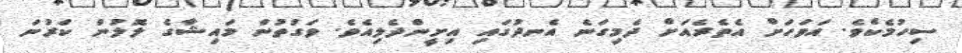
ސިހުމެކެވެ. އަވަހަށް އެތެރެއަށް ދެމިގަނެ އެނދުގައި އިށީންދެލިއެވެ. ވަގުތުން މައިޝާގެ ލޮލުން ކަރުނަ